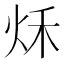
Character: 秌